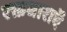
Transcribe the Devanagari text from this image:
रक्तधाराऍं